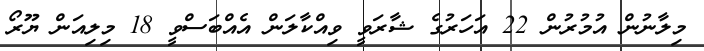
މިލާނުން އުމުރުން 22 އަހަރުގެ ޝާރަވީ ވިއްކާލަން އެއްބަސްވީ 18 މިލިއަން ޔޫރޯ